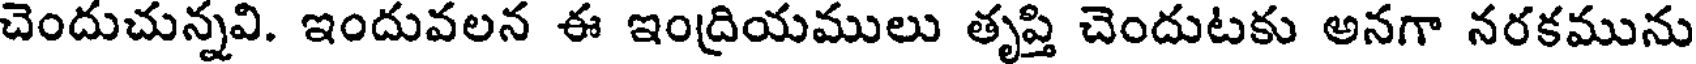
చెందుచున్నవి. ఇందువలన ఈ ఇంద్రియములు తృప్తి చెందుటకు అనగా నరకమును